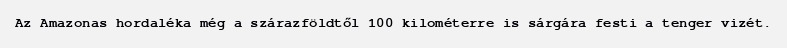
Az Amazonas hordaléka még a szárazföldtől 100 kilométerre is sárgára festi a tenger vizét.